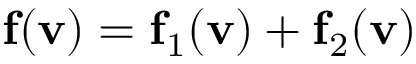
\mathbf { f } ( \mathbf { v } ) = \mathbf { f } _ { 1 } ( \mathbf { v } ) + \mathbf { f } _ { 2 } ( \mathbf { v } )